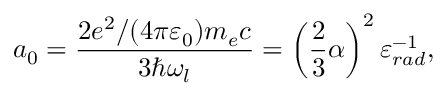
a _ { 0 } = \frac { 2 e ^ { 2 } / ( 4 \pi \varepsilon _ { 0 } ) m _ { e } c } { 3 \hbar \omega _ { l } } = \left( \frac { 2 } { 3 } \alpha \right) ^ { 2 } \varepsilon _ { r a d } ^ { - 1 } ,